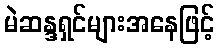
မဲဆန္ဒရှင်များအနေဖြင့်